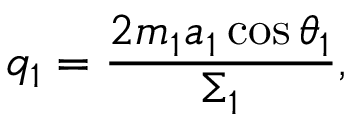
q _ { 1 } = \frac { 2 m _ { 1 } a _ { 1 } \cos \theta _ { 1 } } { \Sigma _ { 1 } } ,